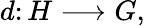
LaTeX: d\colon H\longrightarrow G,